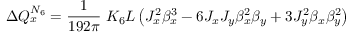
\Delta Q _ { x } ^ { N _ { 6 } } = \frac { 1 } { 1 9 2 \pi } \; K _ { 6 } L \left( J _ { x } ^ { 2 } \beta _ { x } ^ { 3 } - 6 J _ { x } J _ { y } \beta _ { x } ^ { 2 } \beta _ { y } + 3 J _ { y } ^ { 2 } \beta _ { x } \beta _ { y } ^ { 2 } \right)